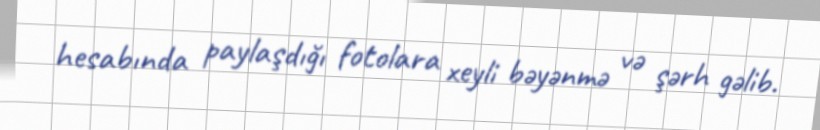
hesabında paylaşdığı fotolara xeyli bəyənmə və şərh gəlib.